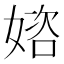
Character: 𡟔